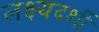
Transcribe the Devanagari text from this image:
लक्ष्यदर्शी